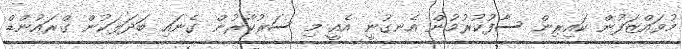
މުވައްޒަފުން ކައިރިން ސާފުކުރުމުން އެނގުނީ އެއީ މި ސަރުކާރުން ގެނައި ބަދަލަކުން ގްރައުންޑް